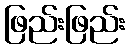
ဖြည်းဖြည်း